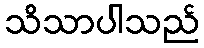
သိသာပါသည်